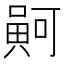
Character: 𠾟